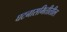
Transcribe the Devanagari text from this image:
घटनासमितीतील